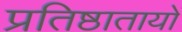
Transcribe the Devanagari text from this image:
प्रतिष्ठातायों